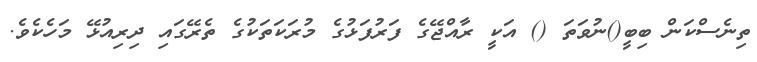
ތިނެސްކަން ބިބީ()ނުވަތަ () އަކީ ރާއްޖޭގެ ފަރުފަޅުގެ މުރަކަތަކުގެ ތެރޭގައި ދިރިއުޅޭ މަހެކެވެ.